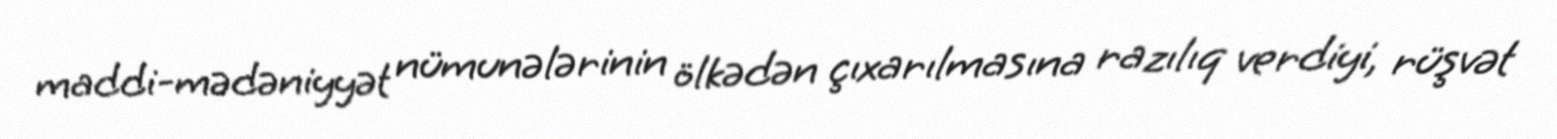
maddi-mədəniyyət nümunələrinin ölkədən çıxarılmasına razılıq verdiyi, rüşvət